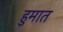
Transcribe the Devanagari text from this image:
हुमात